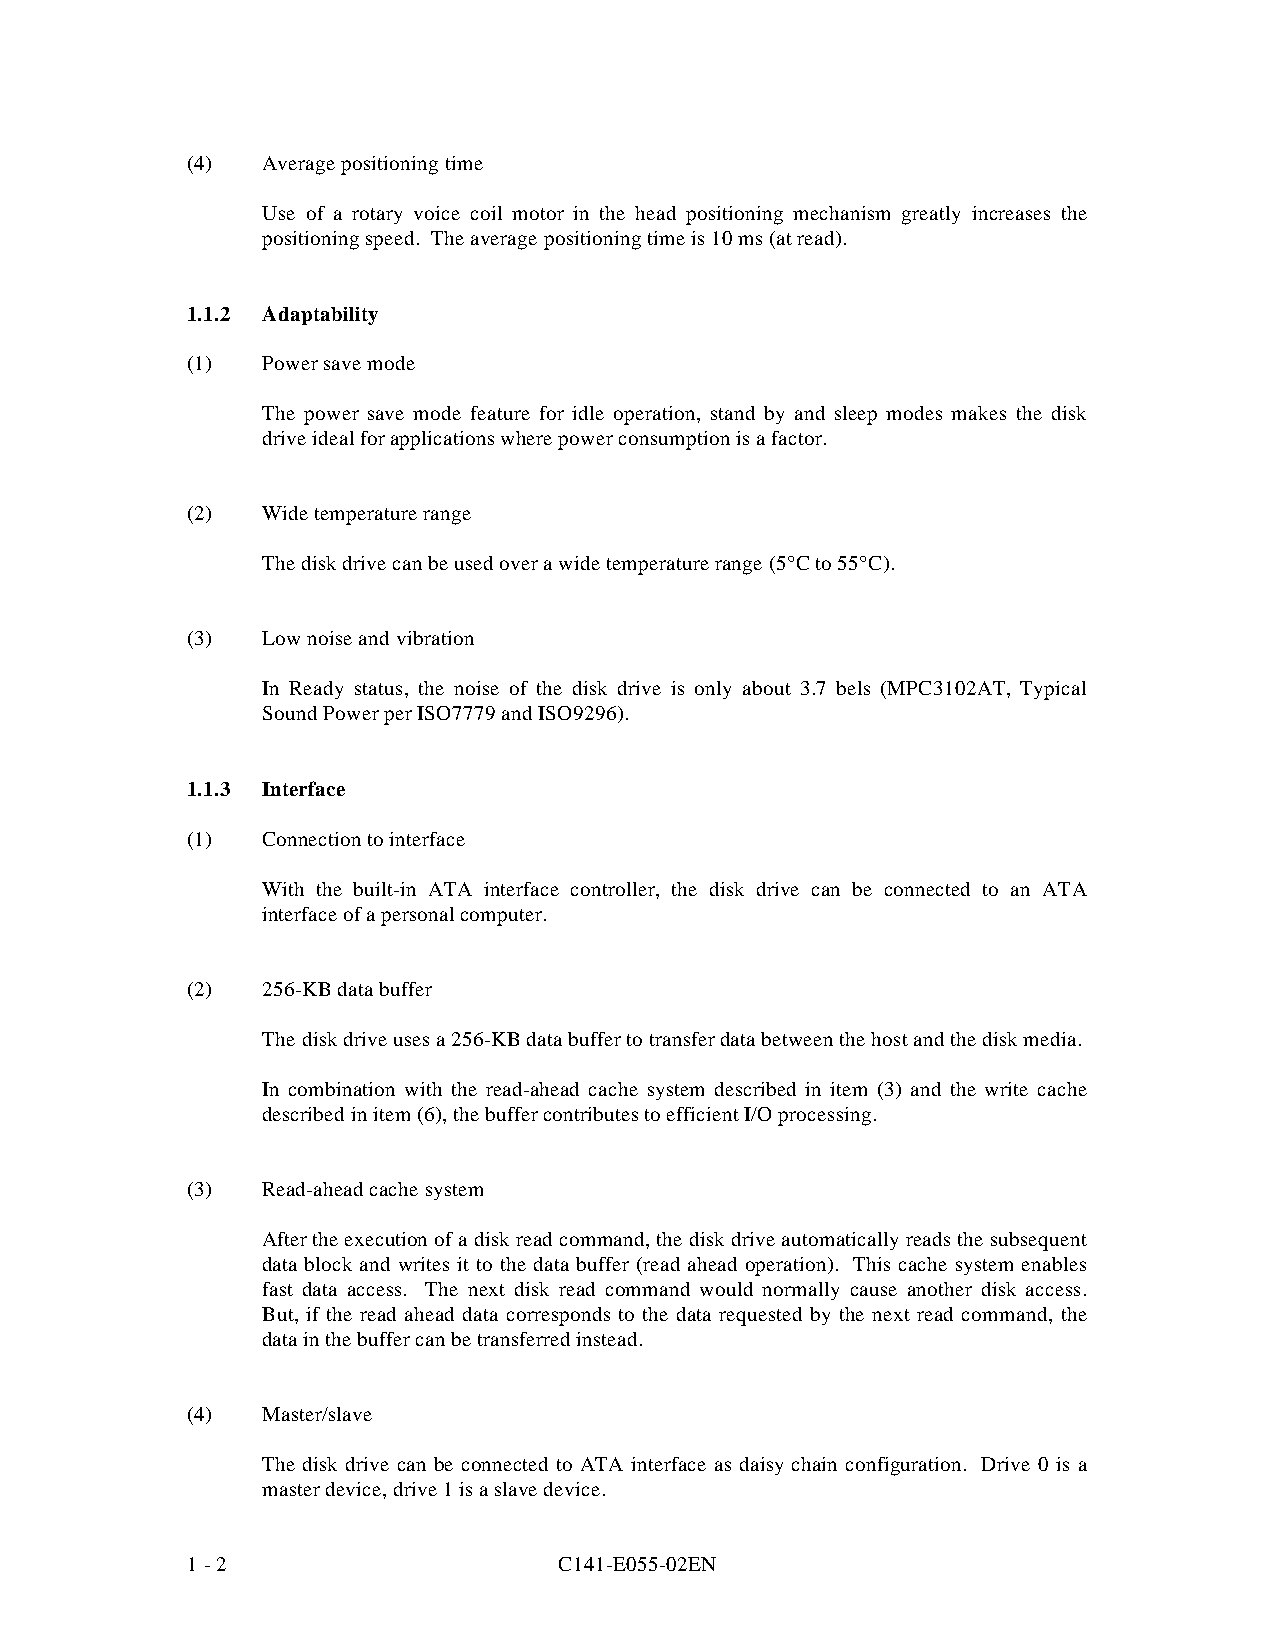
(4)  Average positioning time
 Use of a rotary voice coil motor in the head positioning mechanism greatly in creases the
 positioning speed. The average positioning time is 10 ms (at read).
 1.1.2 Adaptability
 (1)  Power save mode
 The power save mode feature for idle operation, stand by and sleep modes makes the disk
 drive ideal for applications where power consumption is a factor.
 (2)  Wide temperature range
 The disk drive can be used over a wide temperature range (5°C to 55°C).
 (3)  Low noise and vibration
 In Ready status, the noise of the disk drive is only about 3.7 bels (MPC3102AT, Typical
 Sound Power per ISO7779 and ISO9296).
 1.1.3 Interface
 (1)  Connection to interface
 With the built-in ATA interface controller, the disk drive can be connected to an ATA
 interface of a personal computer.
 (2)  256-KB data buffer
 The disk drive uses a 256-KB data buffer to transfer data between the host and the disk media.
 In combination with the read-ahead cache system described in item (3) and the write cache
 described in item (6), the buffer contributes to efficient I/O processing.
 (3)  Read-ahead cache system
 After the execution of a disk read command, the disk drive automatically reads the subsequent
 data block and writes it to the data buffer (read ahead operation). This cache system enables
 fast data access. The next disk read command would normally cause another disk access.
 But, if the read ahead data corresponds to the data requested by the next read command, the
 data in the buffer can be transferred instead.
 (4)  Master/slave
 The disk drive can be connected to ATA interface as daisy chain configuration. Drive 0 is a
 master device, drive 1 is a slave device.
 1 - 2                    C141-E055-02EN